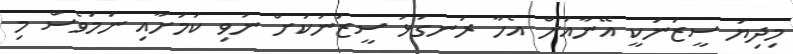
މިދިޔަ ސީޒަނަކީ އޭނާއަށް އެހާ ރަނގަޅު ސީޒަނަކަށް ނުވި ކަމަށާއި ނަމަވެސް މި